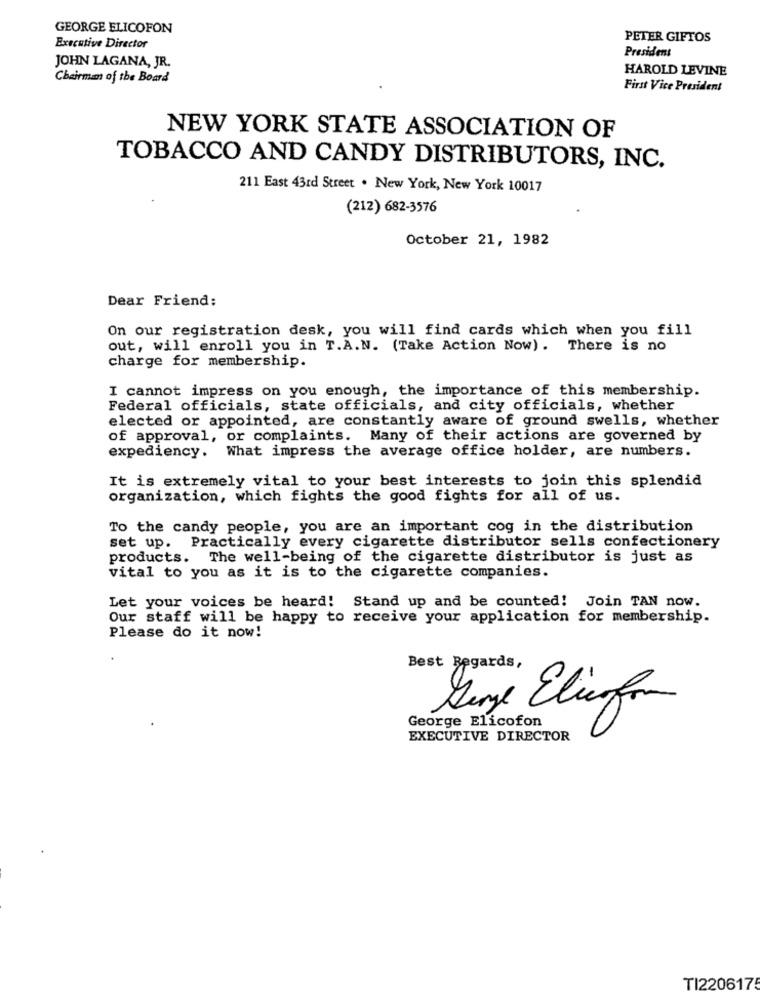
GEORGE ELICOFON
PETER GIFTOS
Executive Director
President
JOHN LAGANA, JR.
HAROLD LEVINE
Chairman of the Board
First Vice President
NEW YORK STATE ASSOCIATION OF
TOBACCO AND CANDY DISTRIBUTORS, INC.
211 East 43rd Street . New York, New York 10017
(212) 682-3576
October 21, 1982
Dear Friend:
On our registration desk, you will find cards which when you fill
out, will enroll you in T.A.N. (Take Action Now). There is no
charge for membership.
I cannot impress on you enough, the importance of this membership.
Federal officials, state officials, and city officials, whether
elected or appointed, are constantly aware of ground swells, whether
of approval, or complaints. Many of their actions are governed by
expediency. What impress the average office holder, are numbers.
It is extremely vital to your best interests to join this splendid
organization, which fights the good fights for all of us.
To the candy people, you are an important cog in the distribution
set up. Practically every cigarette distributor sells confectionery
products. The well-being of the cigarette distributor is just as
vital to you as it is to the cigarette companies.
Let your voices be heard! Stand up and be counted! Join TAN now.
Our staff will be happy to receive your application for membership.
Please do it now!
Best Regards,
Denje Elingfrom
George Elicofon
EXECUTIVE DIRECTOR
TI220617